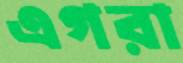
এগরা